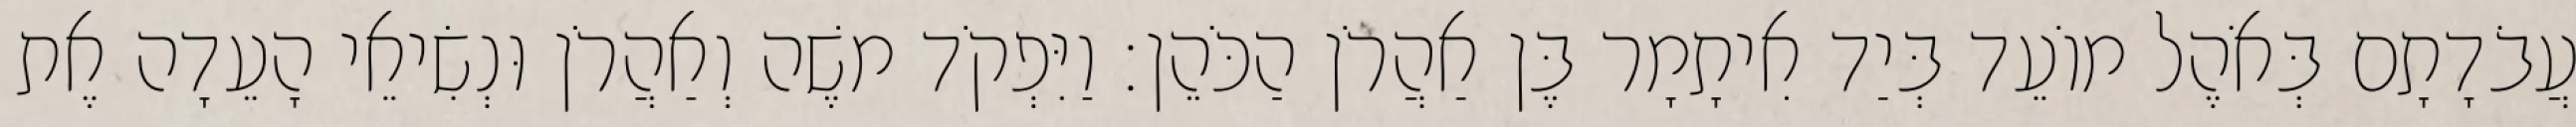
עֲבֹדָתָם בְּאֹהֶל מוֹעֵד בְּיַד אִיתָמָר בֶּן אַהֲרֹן הַכֹּהֵן׃ וַיִּפְקֹד משֶׁה וְאַהֲרֹן וּנְשִׂיאֵי הָעֵדָה אֶת